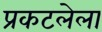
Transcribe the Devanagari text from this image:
प्रकटलेला